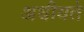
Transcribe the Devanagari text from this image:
अधीयते